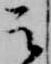
云